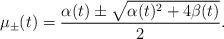
LaTeX: \begin{align*}\mu_{\pm}(t)=\frac{\alpha(t) \pm \sqrt{\alpha(t)^2+4 \beta(t)}}{2}.\end{align*}